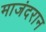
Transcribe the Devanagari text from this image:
माजंदरान